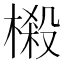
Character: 樧